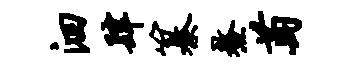
洄肆纂鳌萄